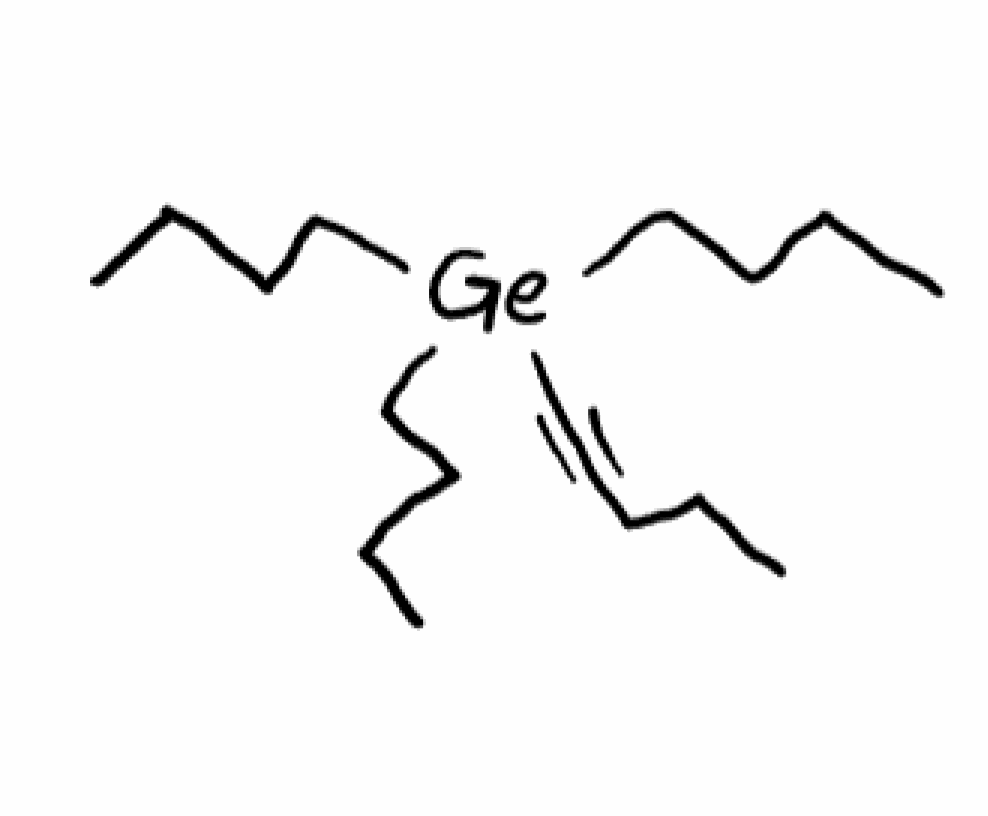
Simplified molecular-input line-entry system (SMILES) notation of the given molecule:
CCCC[Ge](CCCC)(CCCC)C#CCCC